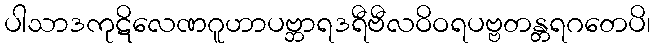
ပါသာဒကုဋိလေဏဂူဟာပဗ္ဘာရဒရီဗီလဝိဝရပဗ္ဗတန္တရဂတေပိ၊